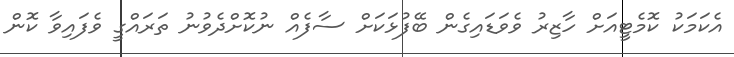
އެކަމަކު ކޮމެޓީއަށް ހާޒިރު ވެވަޑައިގެން ބޭފުޅަކަށް ސާފެއް ނުކޮށްދެވުނު ތަރައްގީ ވެފައިވާ ކޮން